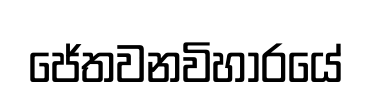
ජේතවනවිහාරයේ